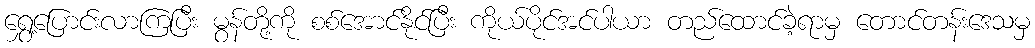
ရွှေ့ပြောင်းလာကြပြီး မွန်တို့ကို စစ်အောင်နိုင်ပြီး ကိုယ်ပိုင်အင်ပါယာ တည်ထောင်ခဲ့ရာမှ တောင်တန်းဒေသမှ